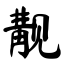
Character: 觏